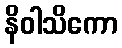
နိဝါသိကော